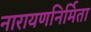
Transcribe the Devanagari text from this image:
नारायणनिर्मिता